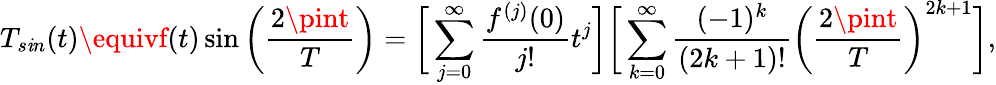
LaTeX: T_{s\mathit{i}n}(t)\equivf(t)\sin{\bigg(\frac{{2\pint}}{{T}}\bigg)}=\bigg[\sum_{j=0}^{\infty}\frac{{f^{(j)}(0)}}{{j!}}t^{j}\bigg]\bigg[\sum_{k=0}^{\infty}\frac{{(-1)^{k}}}{{(2k+1)!}}\bigg(\frac{{2\pint}}{{T}}\bigg)^{2k+1}\bigg],